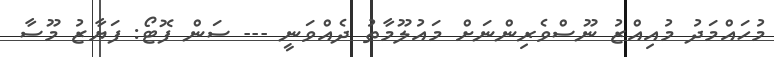
މުހައްމަދު މުއިއްޒު ނޫސްވެރިންނަށް މައުލޫމާތު ދެއްވަނީ --- ސަން ފޮޓޯ: ފަޔާޒު މޫސާ